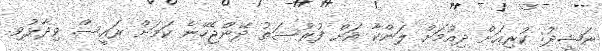
ނަޝީދު: ކުރިއަށް ދިއުމަށް ލަންކާ އަށް ފުރުސަތު ދޭންޖެހޭނެ ކަމަށް ރައީސް ވިދާޅުވި.